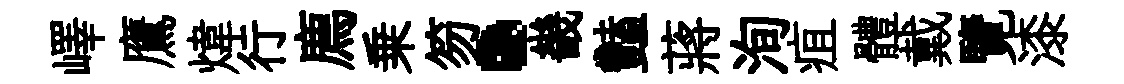
嶧鷹煒行廌乗笏·畿豔蔣洵疽體戴覽漆